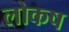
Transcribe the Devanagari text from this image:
लोकष